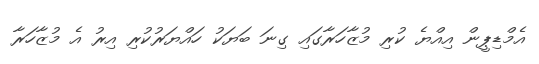
އެމްޑިޕީން އިއްޔެ ކުރި މުޒާހަރާގައި ގިނަ ބަޔަކު ހައްޔަރުކުރި އިރު އެ މުޒާހަރާ